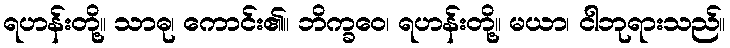
ရဟန်းတို့။ သာဓု၊ ကောင်း၏။ ဘိက္ခဝေ၊ ရဟန်းတို့။ မယာ၊ ငါဘုရားသည်။